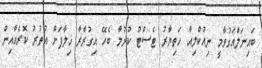
ބައިނަލްއަގުވާމީ ނިއުކްލިއާ ހަތިޔާރު ޓެސްޓު ކުރުމާ ބެހޭ އިގުރާރާ ޚިލާފަށް އުތުރު ކޮރެއާއިން